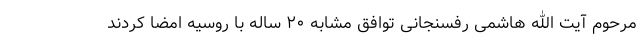
مرحوم آیت الله هاشمی رفسنجانی توافق مشابه ۲۰ ساله با روسیه امضا کردند